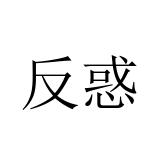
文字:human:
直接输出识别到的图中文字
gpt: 反惑